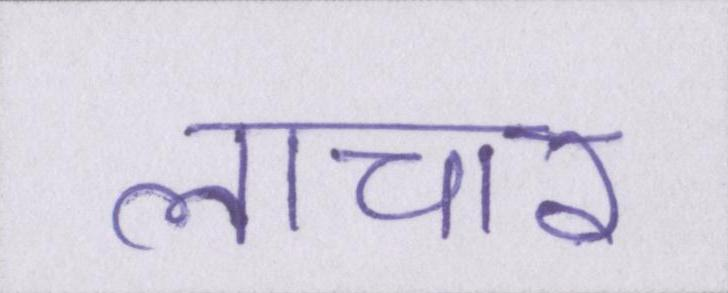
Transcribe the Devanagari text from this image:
लाचार